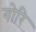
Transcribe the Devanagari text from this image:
गोरि